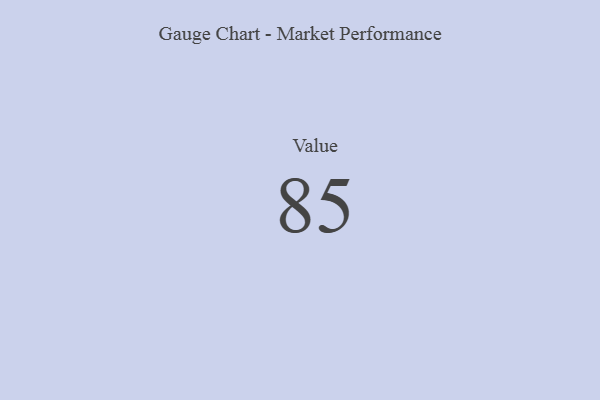
{"axis": {"x": "Metric", "y": "Value"}, "legend": [""], "data": [{"x": "Value", "y": 85, "type": ""}]}